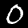
Digit: 0